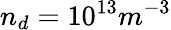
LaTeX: n_{d}=10^{13}m^{-3}